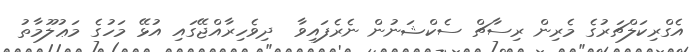
އެގްރިކަލްޗަރުގެ މެރިން ރިސާޗް ސެކްޝަނުން ނެރެފައިވާ  ދިވެހިރާއްޖޭގައި އުޅޭ މަހުގެ މަޢުލޫމާތު